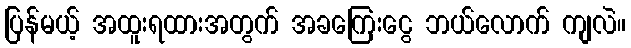
ပြန်မယ့် အထူးရထားအတွက် အခကြေးငွေ ဘယ်လောက် ကျလဲ။